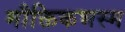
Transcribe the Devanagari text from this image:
मौक्तिकभस्म